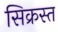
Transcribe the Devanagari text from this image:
सिक्रस्त